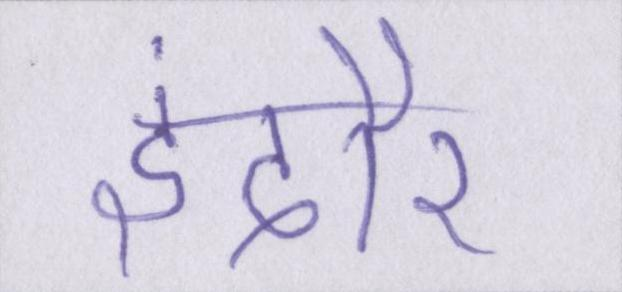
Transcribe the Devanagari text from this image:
इंदौर